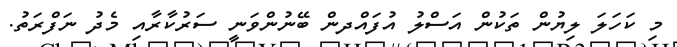
މި ކަހަލަ ލިޔުން ތަކުން އަސްލު އުފައްދން ބޭނުންވަނީ ސަރުކާރާއި މެދު ނަފްރަތު.